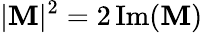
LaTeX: |\mathbf{M}|^{2}=2\operatorname{Im}(\mathbf{M})